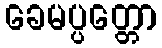
ခေမပ္ပတ္တော